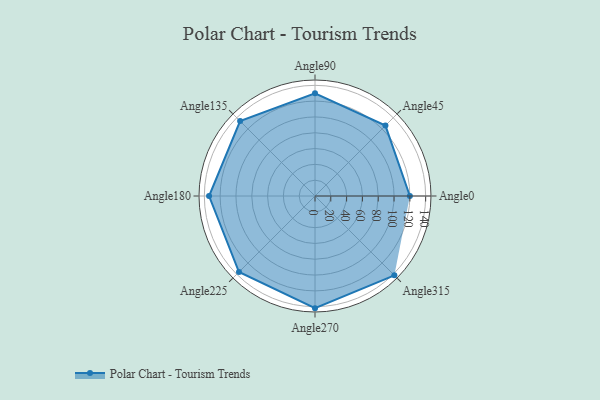
{"axis": {"x": "Angle", "y": "Radius"}, "legend": [""], "data": [{"x": "Angle0", "y": 120.0, "type": ""}, {"x": "Angle45", "y": 126.0, "type": ""}, {"x": "Angle90", "y": 130.0, "type": ""}, {"x": "Angle135", "y": 134.0, "type": ""}, {"x": "Angle180", "y": 134.0, "type": ""}, {"x": "Angle225", "y": 136.0, "type": ""}, {"x": "Angle270", "y": 142.0, "type": ""}, {"x": "Angle315", "y": 142.0, "type": ""}]}